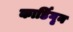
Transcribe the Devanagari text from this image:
कार्डिगृन